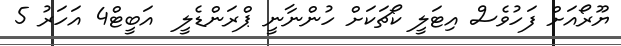
ޔޫރޯއަށް ފަހުވެސް އިޓަލީ ކޯޗަކަށް ހުންނާނީ ޕްރަންޑެލީ  އަބީޓް4 އަހަރު 5